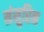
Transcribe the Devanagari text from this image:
मंसुरिन